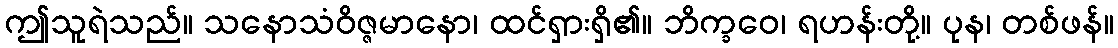
ဤသူရဲသည်။ သနောသံဝိဇ္ဇမာနော၊ ထင်ရှားရှိ၏။ ဘိက္ခဝေ၊ ရဟန်းတို့။ ပုန၊ တစ်ဖန်။